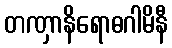
တဏှာနိရောဓဂါမိနီ